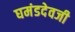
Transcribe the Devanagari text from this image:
घमंडदेवजी